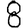
Digit: 8